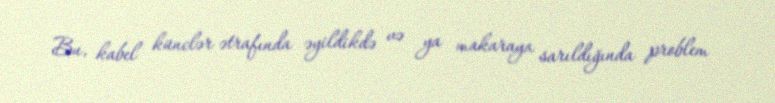
Bu, kabel künclər ətrafında əyildikdə və ya makaraya sarıldığında problem